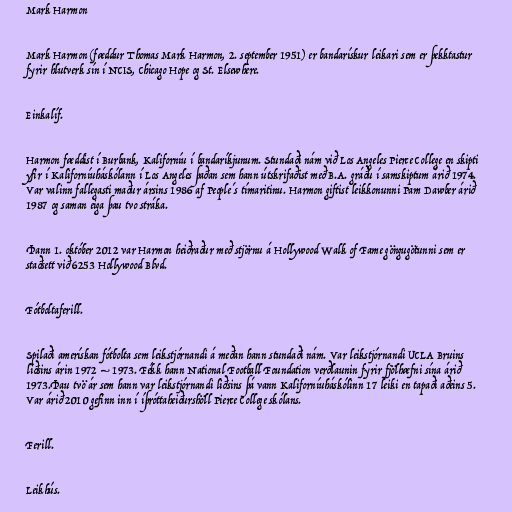
Mark Harmon

Mark Harmon (fæddur Thomas Mark Harmon, 2. september 1951) er bandarískur leikari sem er þekktastur
fyrir hlutverk sín í NCIS, Chicago Hope og St. Elsewhere.

Einkalíf.

Harmon fæddist í Burbank, Kaliforníu í bandaríkjunum. Stundaði nám við Los Angeles Pierce College en skipti
yfir í Kaliforníuháskólann í Los Angeles þaðan sem hann útskrifaðist með B.A. gráðu í samskiptum árið 1974.
Var valinn fallegasti maður ársins 1986 af People´s tímaritinu. Harmon giftist leikkonunni Pam Dawber árið
1987 og saman eiga þau tvo stráka.

Þann 1. október 2012 var Harmon heiðraður með stjörnu á Hollywood Walk of Fame göngugötunni sem er
staðsett við 6253 Hollywood Blvd.

Fótboltaferill.

Spilaði amerískan fótbolta sem leikstjórnandi á meðan hann stundaði nám. Var leikstjórnandi UCLA Bruins
liðsins árin 1972 – 1973. Fékk hann National Football Foundation verðlaunin fyrir fjölhæfni sína árið
1973.Þau tvö ár sem hann var leikstjórnandi liðsins þá vann Kaliforníuháskólinn 17 leiki en tapaði aðeins 5.
Var árið 2010 gefinn inn í íþróttaheiðurshöll Pierce College skólans.

Ferill.

Leikhús.